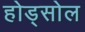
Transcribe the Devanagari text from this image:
होड्सोल